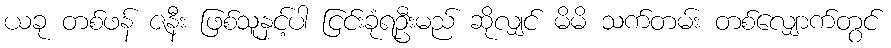
ယခု တစ်ဖန် ဇနီး ဖြစ်သူနှင့်ပါ ငြင်းခုံရဦးမည် ဆိုလျှင် မိမိ သက်တမ်း တစ်လျှောက်တွင်